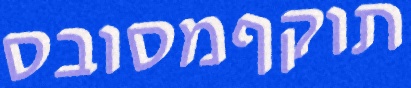
תוקףמסובס